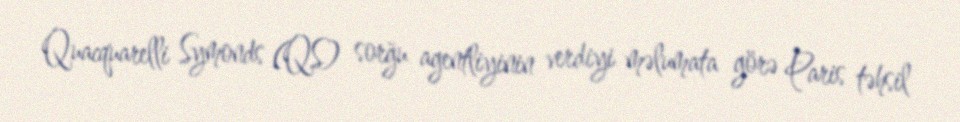
Quacquarelli Symonds (QS) sorğu agentliyinin verdiyi məlumata görə Paris təhsil